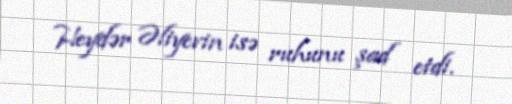
Heydər Əliyevin isə ruhunu şad etdi.